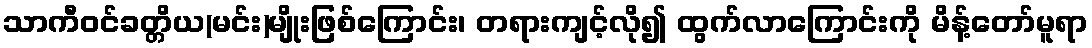
သာကီဝင်ခတ္တိယ(မင်း)မျိုးဖြစ်ကြောင်း၊ တရားကျင့်လို၍ ထွက်လာကြောင်းကို မိန့်တော်မူရာ